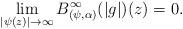
LaTeX: \begin{align*} \lim_{|\psi(z)|\to \infty} B^\infty_{(\psi,\alpha)} (|g|)(z)= 0. \end{align*}